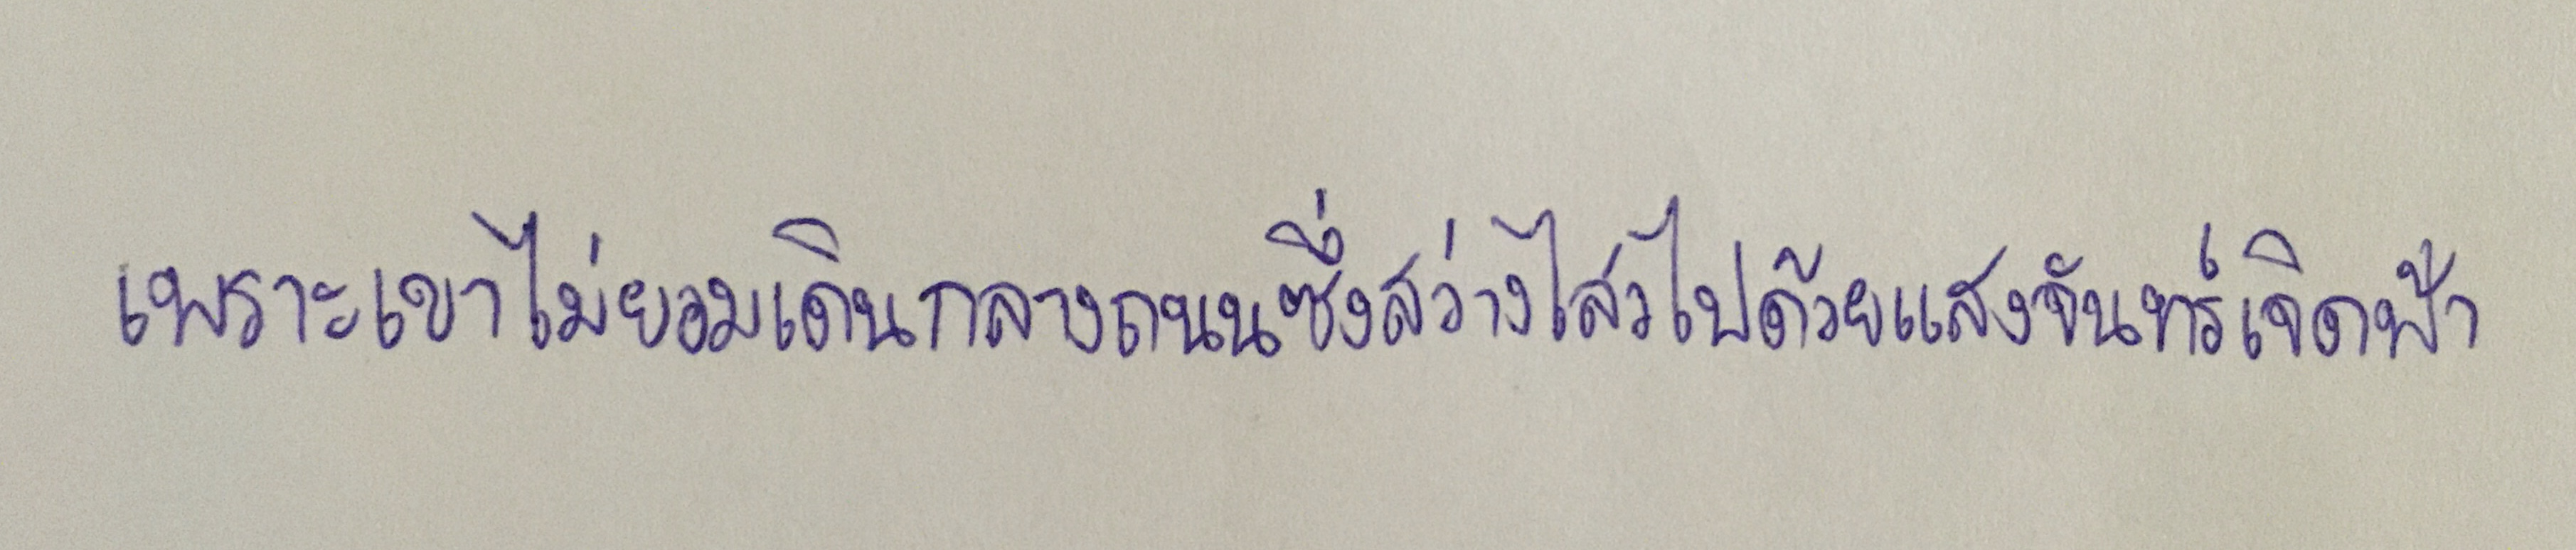
เพราะเขาไม่ยอมเดินกลางถนนซึ่งสว่างไสวไปด้วยแสงจันทร์เจิดฟ้า